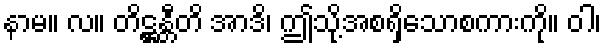
နာမ။ လ။ တိဋ္ဌန္တီတိ အာဒိ၊ ဤသို့အစရှိသောစကားကို။ ဝါ၊